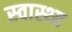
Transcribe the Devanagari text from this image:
स्‍वास्थ्य